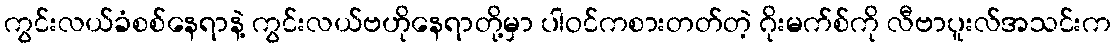
ကွင်းလယ်ခံစစ်နေရာနဲ့ ကွင်းလယ်ဗဟိုနေရာတို့မှာ ပါဝင်ကစားတတ်တဲ့ ဂိုးမက်စ်ကို လီဗာပူးလ်အသင်းက